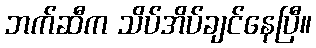
ဘက်ဆီက သိပ်အိပ်ချင်နေပြီ။